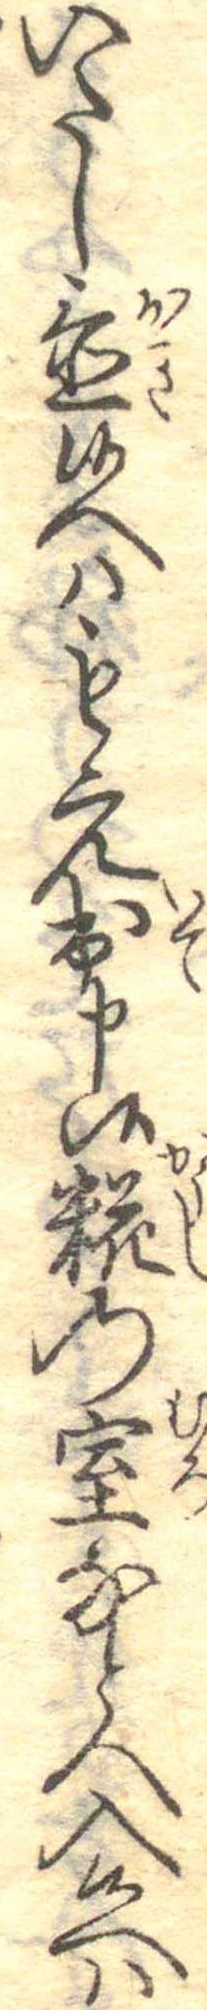
いたし置候へはもえ出申候糀の室なとへ入候へは